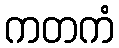
ကတကံ